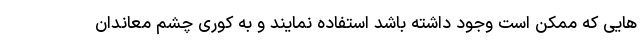
هایی که ممکن است وجود داشته باشد استفاده نمایند و به کوری چشم معاندان